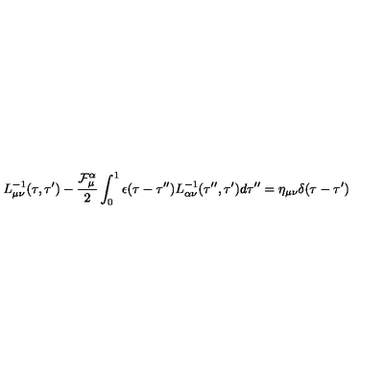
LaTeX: L _ { \mu \nu } ^ { - 1 } ( \tau , \tau ^ { \prime } ) - \frac { { \cal F } _ { \mu } ^ { \alpha } } { 2 } \int _ { 0 } ^ { 1 } \epsilon ( \tau - \tau ^ { \prime \prime } ) L _ { \alpha \nu } ^ { - 1 } ( \tau ^ { \prime \prime } , \tau ^ { \prime } ) d \tau ^ { \prime \prime } = \eta _ { \mu \nu } \delta ( \tau - \tau ^ { \prime } )